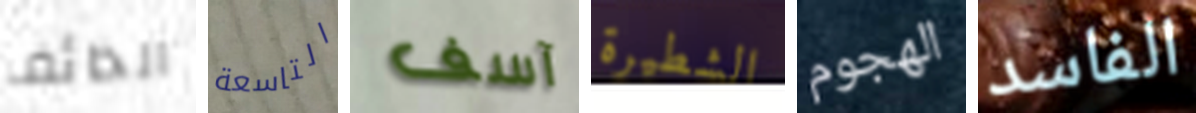
الخائف التاسعة آسف الشطيرة الهجوم الفاسد